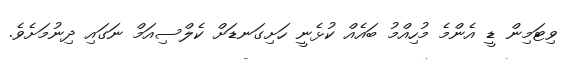
ވިޓަމިން ޑީ އެންމެ މުހިއްމު ބައެއް ކުޅެނީ ހަށިގަނޑަށް ކެލްސިއަމް ނަގައި ދިނުމަށެވެ.